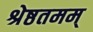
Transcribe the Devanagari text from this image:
श्रेष्ठतमम्